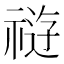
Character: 𰨊